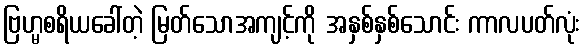
ဗြဟ္မစရိယခေါ်တဲ့ မြတ်သောအကျင့်ကို အနှစ်နှစ်သောင်း ကာလပတ်လုံး